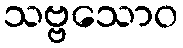
သဗ္ဗသောဝ